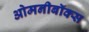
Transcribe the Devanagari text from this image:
ओमनीबॉक्स